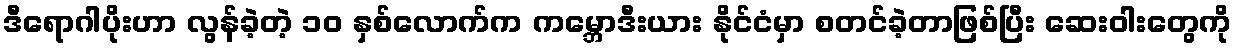
ဒီရောဂါပိုးဟာ လွန်ခဲ့တဲ့ ၁၀ နှစ်လောက်က ကမ္ဘောဒီးယား နိုင်ငံမှာ စတင်ခဲ့တာဖြစ်ပြီး ဆေးဝါးတွေကို